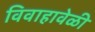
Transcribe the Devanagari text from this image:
विवाहावेळी